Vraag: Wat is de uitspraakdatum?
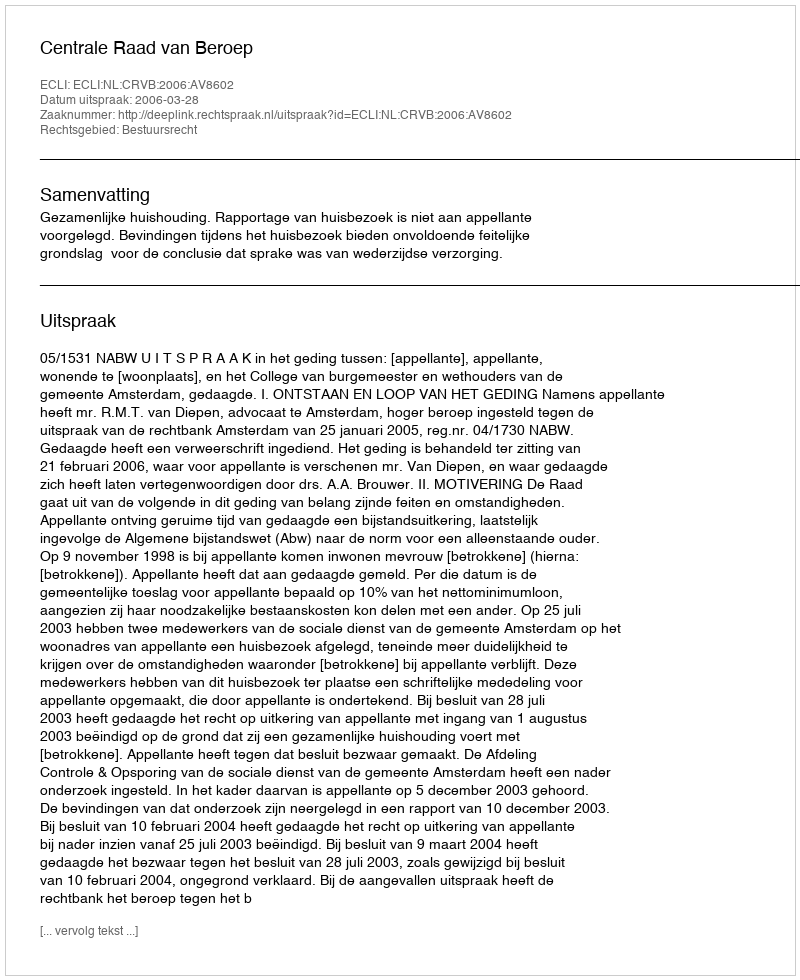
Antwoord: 2006-03-28